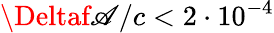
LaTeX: \Deltaf\mathscr{A}/c<2\cdot10^{-4}